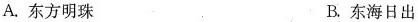
A.东方明珠 B.东海日出